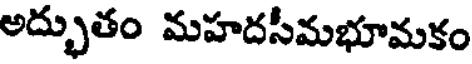
అద్భుతం మహదసీమభూమకం